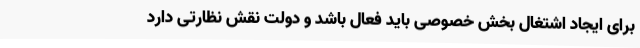
برای ایجاد اشتغال بخش خصوصی باید فعال باشد و دولت نقش نظارتی دارد